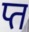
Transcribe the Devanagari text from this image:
प्त